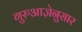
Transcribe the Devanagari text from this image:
गुरुआज्ञेनुसार